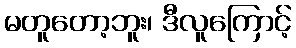
မတူတော့ဘူး၊ ဒီလူကြောင့်